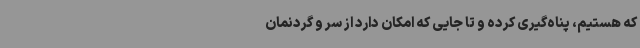
که هستیم، پناه‌گیری کرده و تا جایی که امکان دارد از سر و گردنمان